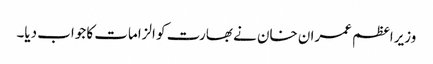
وزیراعظم عمران خان نے بھارت کو الزامات کا جواب دیا۔